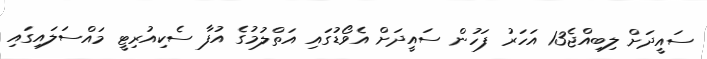
ސައީދަށް ލިބިއްޖެ13 އަހަރު ފަހުން ސައީދަށް އެވޯޑުގައި އަތްލުމުގެ އުފާ ސެކިއުރިޓީ މައްސަލައިގައި